Scottish Leaving Certificate Examination, 1961
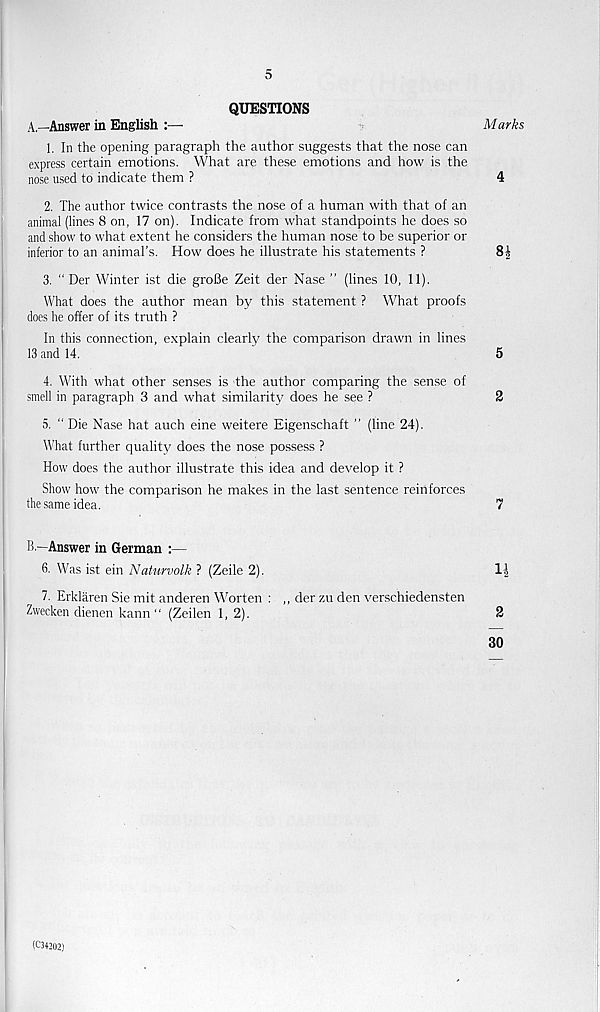
5
QUESTIONS
A—Answer in English
Marks
1. In the opening paragraph the author suggests that the nose can
express certain emotions. What are these emotions and how is the
nose used to indicate them ?
4
2. The author twice contrasts the nose of a human with that of an
animal (lines 8 on, 17 on). Indicate from what standpoints he does so
and show to what extent he considers the human nose to be superior or
inferior to an animal’s. How does he illustrate his statements ?
8i
3. " Der Winter ist die grofie Zeit der Nase ” (lines 10, 11).
What does the author mean by this statement ? What proofs
does he offer of its truth ?
In this connection, explain clearly the comparison drawn in lines
13 and 14.
5
4. With what other senses is the author comparing the sense of
smell in paragraph 3 and what similarity does he see ?
2
5. “ Die Nase hat auch eine weitere Eigenschaft ” (line 24).
What further quality does the nose possess ?
How does the author illustrate this idea and develop it ?
Show how the comparison he makes in the last sentence reinforces
the same idea.
7
B.—Answer in German :—
6. Was ist ein Naturvolk ? (Zeile 2).
1|
7. Erklaren Sie mit anderen Worten : ,, der zu den verschiedensten
Zwecken dienen kann “ (Zeilen 1, 2).
2
30
(C34202)